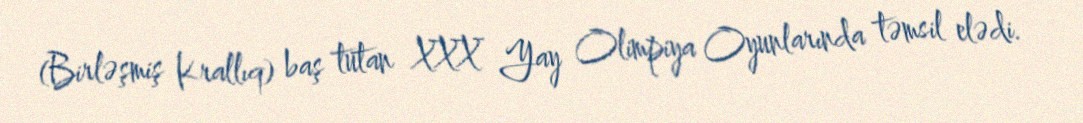
(Birləşmiş Krallıq) baş tutan XXX Yay Olimpiya Oyunlarında təmsil elədi.